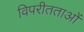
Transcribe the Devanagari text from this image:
विपरीतताओं